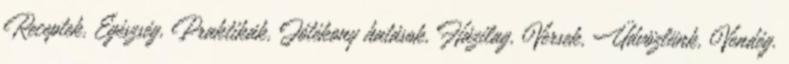
Receptek, Egészség, Praktikák, Jótékony hatások, Házilag, Versek, Üdvözlünk, Vendég.